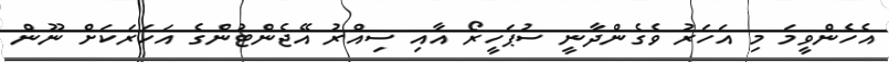
އެހެންވީމަ މި އަހަރު ވެގެންދާނީ ސުޕަހީރޯ އާއި ސިއްރު އޭޖެންޓުންގެ އަހަރަކަށް ނޫން